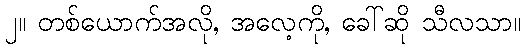
၂။ တစ်ယောက်အလို, အလေ့ကို, ခေါ်ဆို သီလသာ။